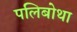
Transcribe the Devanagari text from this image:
पलिबोथा